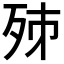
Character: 𣧨